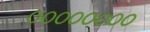
૦૦૦૦૦૦૦૦